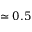
\simeq 0 . 5